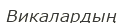
Викалардың